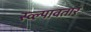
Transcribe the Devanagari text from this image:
स्व्ल्पावतार